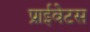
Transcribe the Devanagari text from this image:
प्राईवेटस